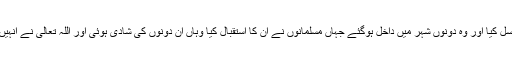
لڑکی نے اسی چشمے پر غسل کیا اور وہ دونوں شہر میں داخل ہوگئے جہاں مسلمانوں نے ان کا استقبال کیا وہاں ان دونوں کی شادی ہوئی اور اللہ تعالٰی نے انہیں سات بیٹے عطاء فرمائے ۔